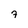
Character: 7